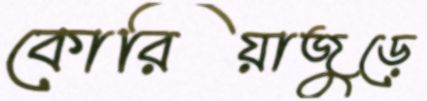
কোরিয়াজুড়ে